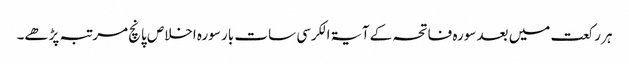
ہر رکعت میں بعد سورہ فاتحہ کے آیۃ الکرسی سات بار سورہ اخلاص پانچ مرتبہ پڑھے۔